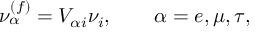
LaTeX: \nu _ { \alpha } ^ { ( f ) } = V _ { \alpha i } \nu _ { i } , \qquad \alpha = e , \mu , \tau ,